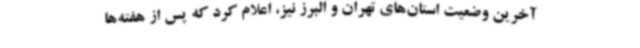
آخرین وضعیت استان‌های تهران و البرز نیز، اعلام کرد که پس از هفته‌ها